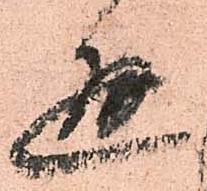
通